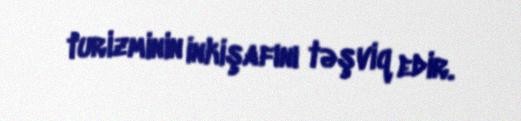
turizminin inkişafını təşviq edir.